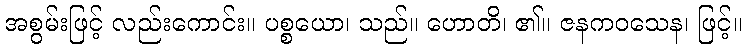
အစွမ်းဖြင့် လည်းကောင်း။ ပစ္စယော၊ သည်။ ဟောတိ၊ ၏။ ဇနကဝသေန၊ ဖြင့်။